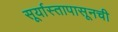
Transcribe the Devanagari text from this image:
सूर्यास्तापासूनची